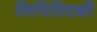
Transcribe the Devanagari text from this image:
लिपिस्टिकों